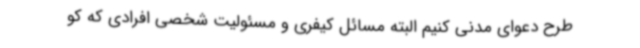
طرح دعوای مدنی کنیم البته مسائل کیفری و مسئولیت شخصی افرادی که کو